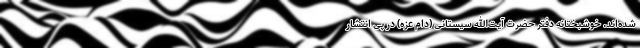
شده‌اند. خوشبختانه دفتر حضرت آیت‌الله سیستانی (دام عزّه) در پی انتشار